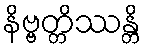
နိဗ္ဗတ္တိဿန္တိ